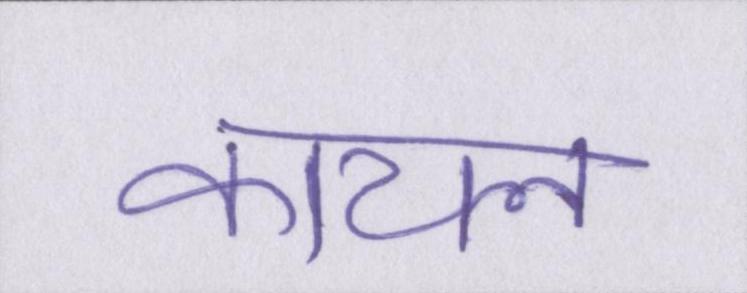
कायल